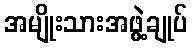
အမျိုးသားအဖွဲ့ချုပ်